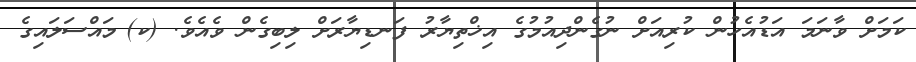
ކަމަށް ވާނަމަ އަޑުއެހުން ކުރިއަށް ނުގެންދިއުމުގެ އިޚްތިޔާރު ފަނޑިޔާރަށް ލިބިގެން ވެއެވެ. (ކ)	މައްސަލައިގެ